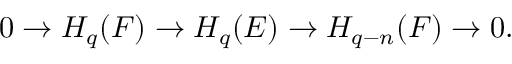
0 \to H _ { q } ( F ) \to H _ { q } ( E ) \to H _ { q - n } ( F ) \to 0 .